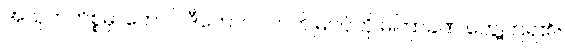
အသုဘကိစ္စမှာတောင် ဒီကောင် လာဘ်မြင်ပုံကို မကြာခဏ တွေ့ကြရ၏။